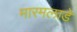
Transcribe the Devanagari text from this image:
मारमलाडे